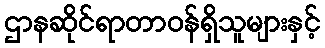
ဌာနဆိုင်ရာတာဝန်ရှိသူများနှင့်